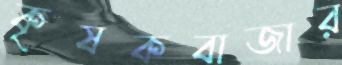
কৃষকবাজার